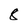
Character: 8